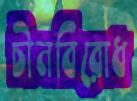
চীনবিরোধ